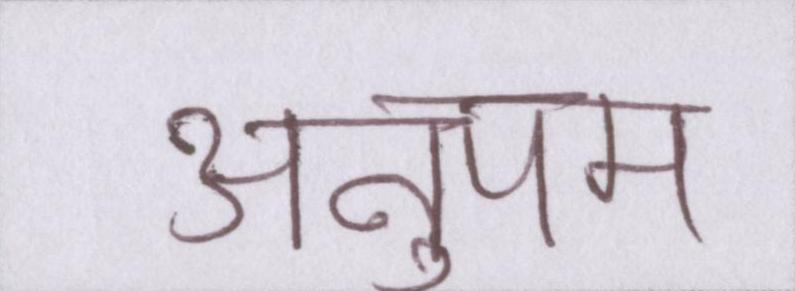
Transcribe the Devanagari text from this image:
अनुपम